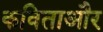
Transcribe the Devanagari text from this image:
कविताऔर